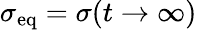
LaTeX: \sigma_{\mathrm{eq}}=\sigma(t\to\infty)